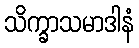
သိက္ခာသမာဒါနံ